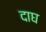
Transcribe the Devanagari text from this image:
दाघ